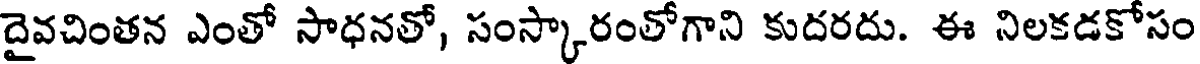
దైవచింతన ఎంతో సాధనతో, సంస్కారంతోగాని కుదరదు. ఈ నిలకడకోసం